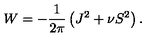
W = - \frac { 1 } { 2 \pi } \left( J ^ { 2 } + \nu S ^ { 2 } \right) .